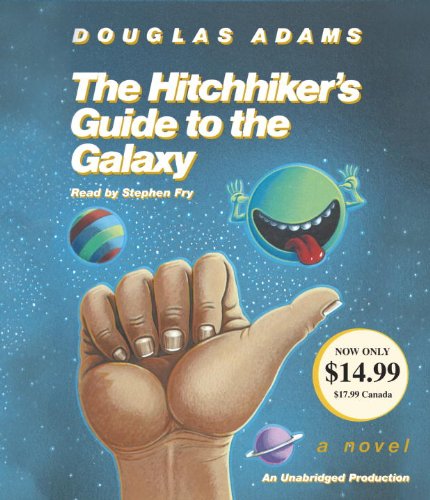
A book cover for The Hitchhiker's Guide to the Galaxy; Douglas Adams; Literature & Fiction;